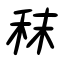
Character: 秣